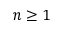
n \geq 1